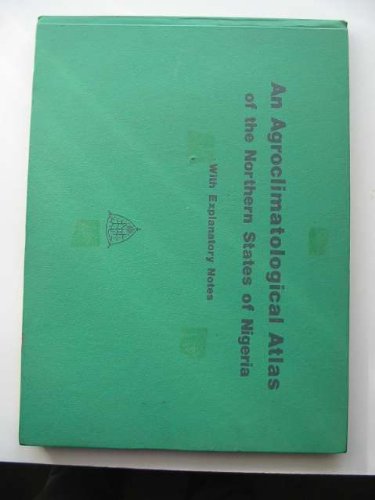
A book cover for An agroclimatological atlas of the northern states of Nigeria,: With explanatory notes; Jan M Kowal; Travel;